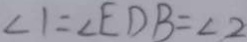
\angle 1 = \angle E D B = \angle 2